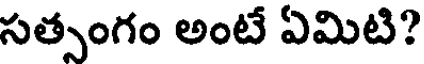
సత్సంగం అంటే ఏమిటి?